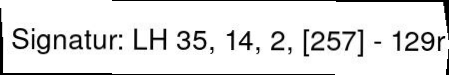
Signatur: LH 35, 14, 2, [257] - 129r